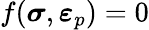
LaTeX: f({\boldsymbol{\sigma}},{\boldsymbol{\varepsilon}}_{p})=0